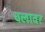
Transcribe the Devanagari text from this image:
चलावर